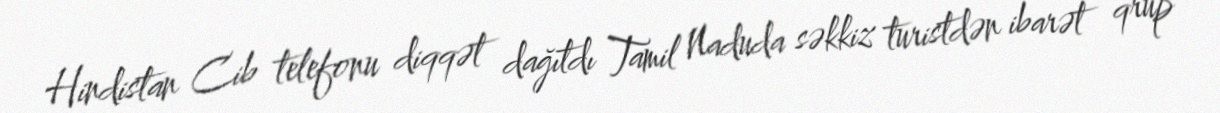
Hindistan Cib telefonu diqqət dağıtdı Tamil Naduda səkkiz turistdən ibarət qrup